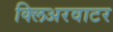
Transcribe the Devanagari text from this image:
क्लिअरवाटर